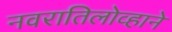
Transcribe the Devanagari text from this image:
नवरातिलोव्हाने